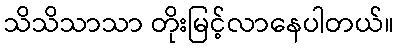
သိသိသာသာ တိုးမြင့်လာနေပါတယ်။